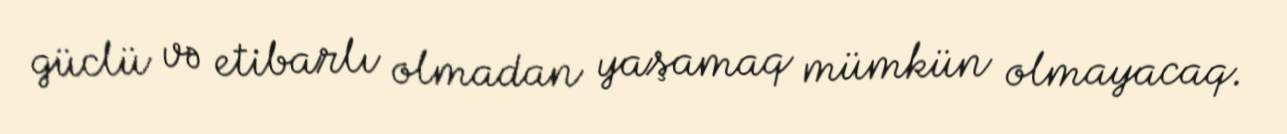
güclü və etibarlı olmadan yaşamaq mümkün olmayacaq.